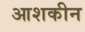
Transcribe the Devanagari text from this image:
आशकीन